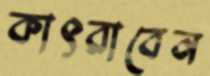
কাৎরাবেন